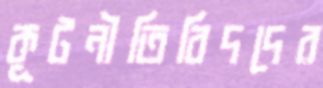
কূটনীতিবিদদের